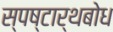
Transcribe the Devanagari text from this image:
स्पष्टार्थबोध